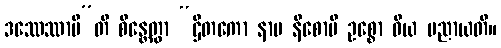
ဒဿေဿာမီ”တိ စိန္တေတွာ “ဌိတကော နာမ နီစောပိ ဥစ္စော ဝိယ ပညာယတိ။